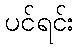
ပင်ရင်း